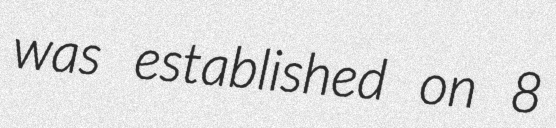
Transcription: was established on 8